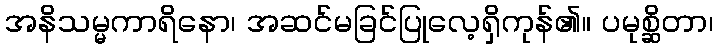
အနိသမ္မကာရိနော၊ အဆင်မခြင်ပြုလေ့ရှိကုန်၏။ ပမုစ္ဆိတာ၊